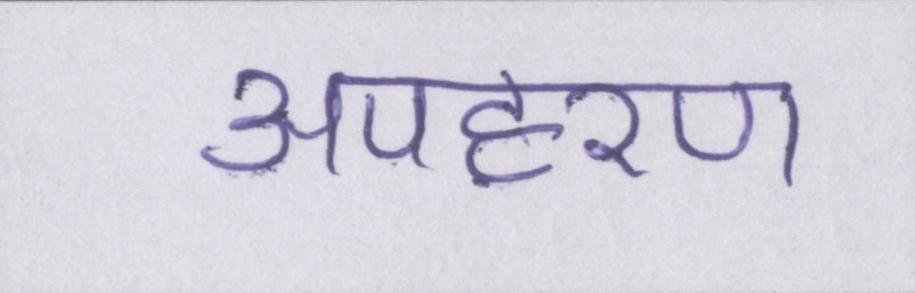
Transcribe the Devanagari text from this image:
अपहरण